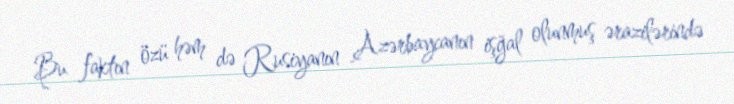
Bu faktın özü həm də Rusiyanın Azərbaycanın işğal olunmuş ərazilərində